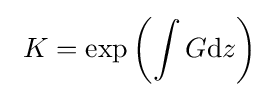
~K=\exp \left(\int G{\rm {d}}z\right)~